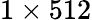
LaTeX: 1\times 512